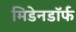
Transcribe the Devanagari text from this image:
मिडेनडॉर्फ